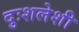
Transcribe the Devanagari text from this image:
दुःशलेशी